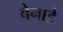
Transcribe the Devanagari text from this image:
बेनाडे